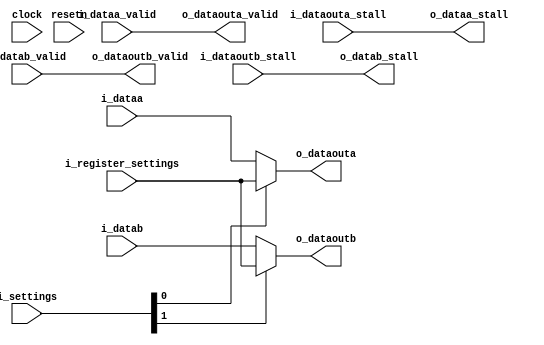
module vfabric_bypass_reg2(clock, resetn, i_settings,
  i_register_settings,
	i_dataa, i_dataa_valid, o_dataa_stall, 
	i_datab, i_datab_valid, o_datab_stall, 
	o_dataouta, o_dataouta_valid, i_dataouta_stall,
	o_dataoutb, o_dataoutb_valid, i_dataoutb_stall);
parameter DATA_WIDTH = 32;

 input clock;
 input resetn;
 input [1:0] i_settings;
 input [DATA_WIDTH-1:0] i_register_settings;
 input [DATA_WIDTH-1:0] i_dataa, i_datab;
 input i_dataa_valid, i_datab_valid;
 output o_dataa_stall, o_datab_stall;
 
 output [DATA_WIDTH-1:0] o_dataouta, o_dataoutb;
 output o_dataouta_valid, o_dataoutb_valid;
 input i_dataouta_stall, i_dataoutb_stall;

 assign o_dataouta = i_settings[0] ? i_register_settings : i_dataa;
 assign o_dataoutb = i_settings[1] ? i_register_settings : i_datab;

 assign o_dataouta_valid = i_dataa_valid;
 assign o_dataoutb_valid = i_datab_valid;
 assign o_dataa_stall = i_dataouta_stall;
 assign o_datab_stall = i_dataoutb_stall;
 
endmodule